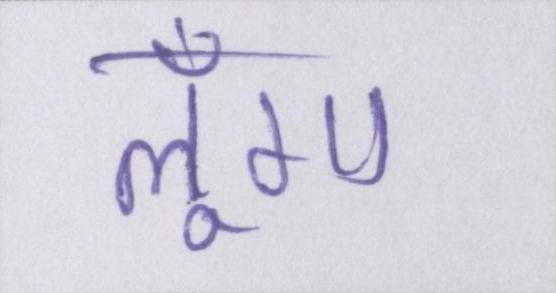
लूँगा